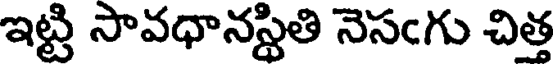
ఇట్టి సావధానస్థితి నెసఁగు చిత్త